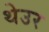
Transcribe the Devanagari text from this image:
थेउर